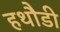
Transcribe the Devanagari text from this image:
हथौडी